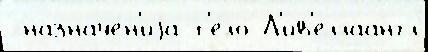
 назначе́н'иjа т'е́ло Л'ив'еллаангл